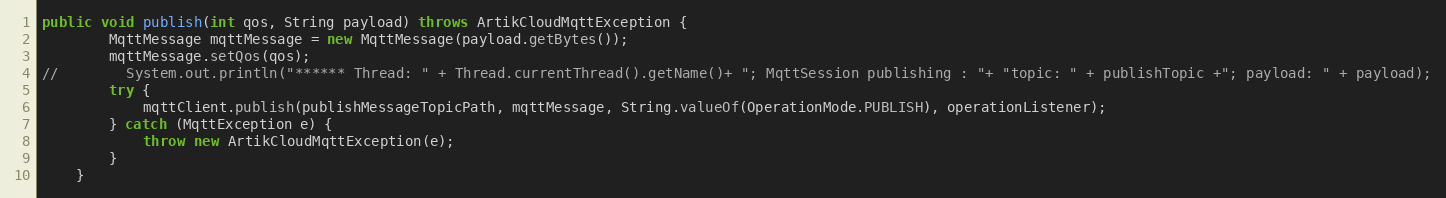
Language: Java
public void publish(int qos, String payload) throws ArtikCloudMqttException {
        MqttMessage mqttMessage = new MqttMessage(payload.getBytes());
        mqttMessage.setQos(qos);
//        System.out.println("****** Thread: " + Thread.currentThread().getName()+ "; MqttSession publishing : "+ "topic: " + publishTopic +"; payload: " + payload);
        try {
            mqttClient.publish(publishMessageTopicPath, mqttMessage, String.valueOf(OperationMode.PUBLISH), operationListener);
        } catch (MqttException e) {
            throw new ArtikCloudMqttException(e);
        }
    }